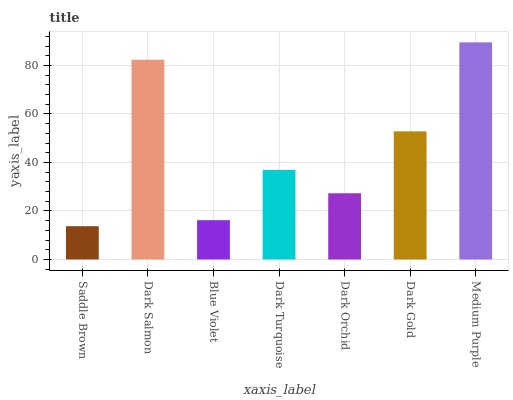
| xaxis_label | bars |
 | --- | --- |
 | Saddle Brown | 13.7 |
 | Dark Salmon | 82.4 |
 | Blue Violet | 16.2 |
 | Dark Turquoise | 36.9 |
 | Dark Orchid | 27.3 |
 | Dark Gold | 52.8 |
 | Medium Purple | 89.5 |